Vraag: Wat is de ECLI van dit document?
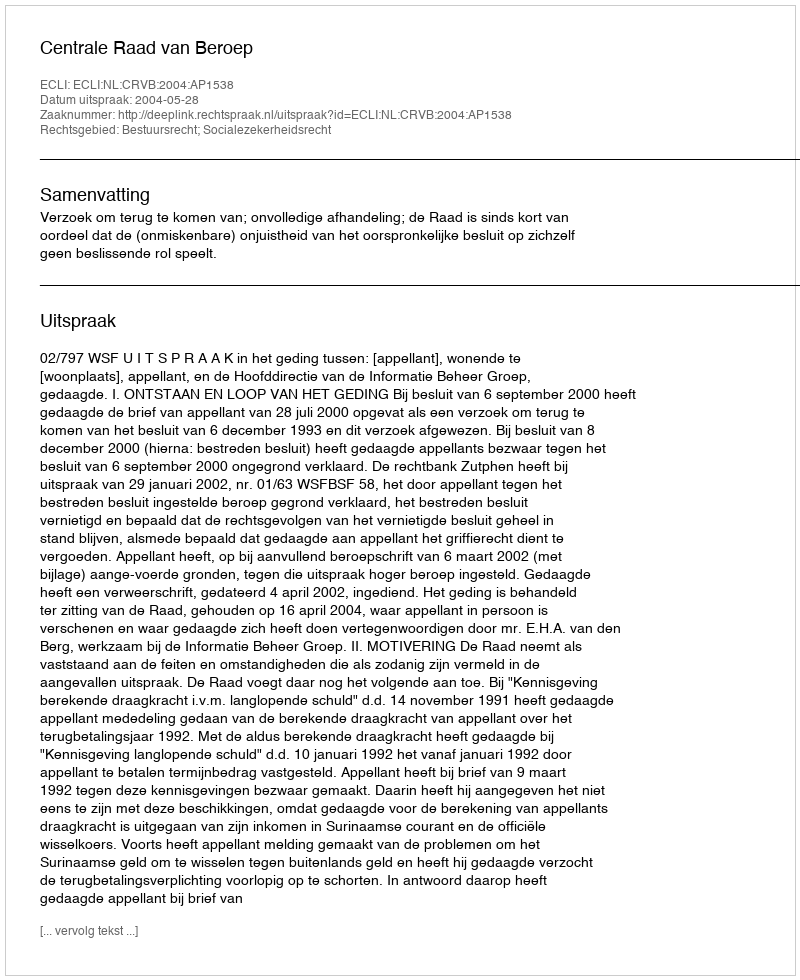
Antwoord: ECLI:NL:CRVB:2004:AP1538